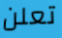
تعلن